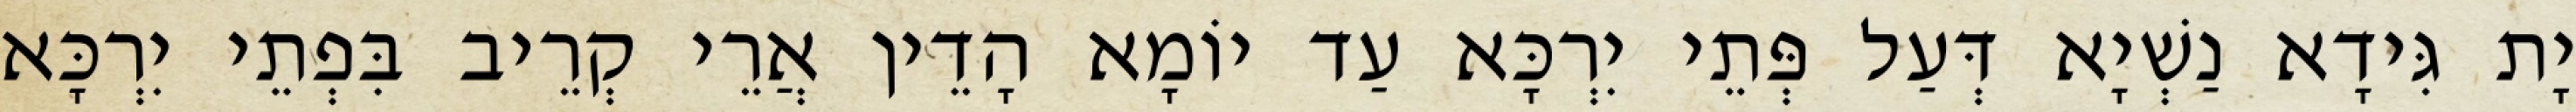
יָת גִּידָא נַשְׁיָא דְּעַל פְּתֵי יִרְכָּא עַד יוֹמָא הָדֵין אֲרֵי קְרֵיב בִּפְתֵי יִרְכָּא